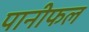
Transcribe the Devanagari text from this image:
पानीफल